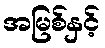
အမြစ်နှင့်